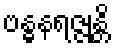
ဗန္ဓနရဇ္ဇုန္တိ